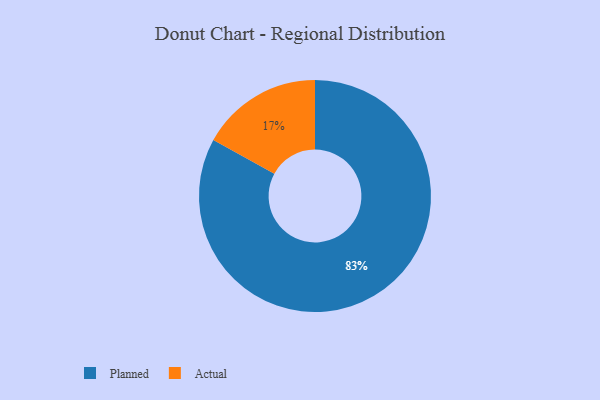
{"axis": {"x": "Category", "y": "Percentage"}, "legend": ["Actual", "Planned"], "data": [{"x": "Actual", "y": 17, "type": "Actual"}, {"x": "Planned", "y": 83, "type": "Planned"}]}